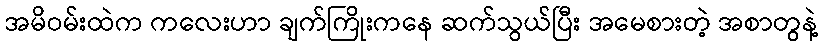
အမိဝမ်းထဲက ကလေးဟာ ချက်ကြိုးကနေ ဆက်သွယ်ပြီး အမေစားတဲ့ အစာတွနဲ့